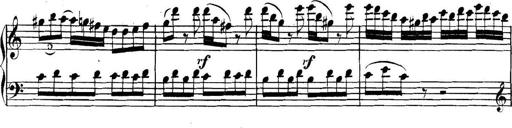
Title: Collected Piano Sonatas
Composer: Muzio Clementi